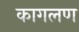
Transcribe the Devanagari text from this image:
कागलण